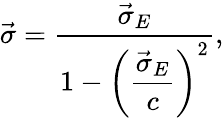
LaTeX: \vec{\sigma}=\frac{\vec{\sigma}_{E}}{1-\left(\displaystyle\frac{\vec{\sigma}_{E}}{c}\right)^{2}},